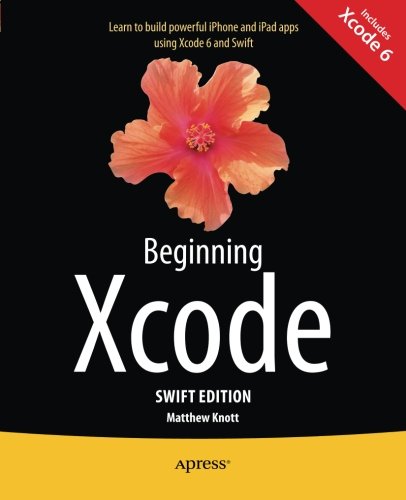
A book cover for Beginning Xcode: Swift Edition; Matthew Knott; Computers & Technology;